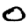
Digit: 0